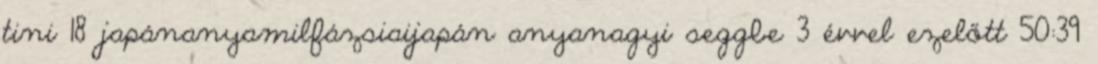
tini 18 japánanyamilfázsiaijapán anyanagyi seggbe 3 évvel ezelőtt 50:39